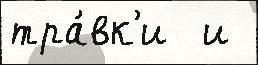
тра́вк'и  и